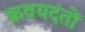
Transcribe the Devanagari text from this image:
क्रवयदंतों